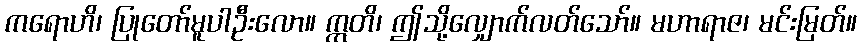
ကရောဟိ၊ ပြုတော်မူပါဦးလော။ ဣတိ၊ ဤသို့လျှောက်လတ်သော်။ မဟာရာဇ၊ မင်းမြတ်။